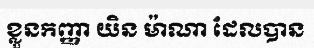
ខ្លួនកញ្ញា យិន ម៉ាណា ដែលបាន